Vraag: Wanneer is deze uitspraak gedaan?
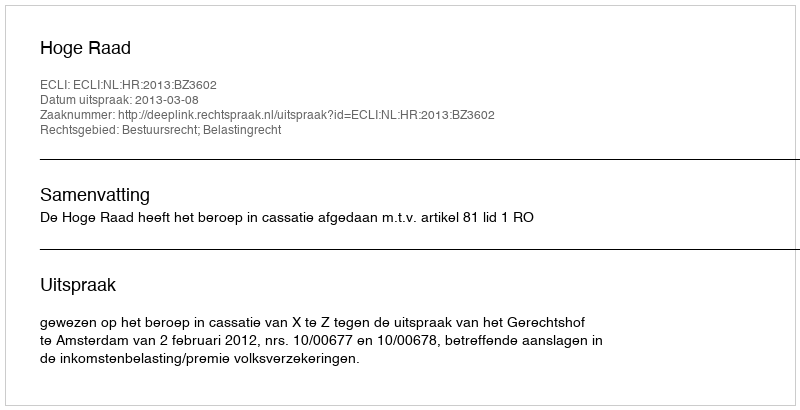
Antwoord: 2013-03-08